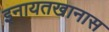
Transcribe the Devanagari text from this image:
इनायतखानास